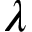
\lambda